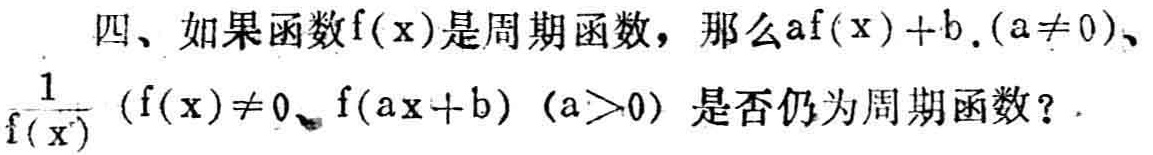
四、如果函数\(f(x)\)是周期函数，那么\(af(x)+b\ (a\neq0)\)、\(\frac{1}{f(x)}\ (f(x)\neq0)\)、\(f(ax + b)\ (a>0)\)是否仍为周期函数？